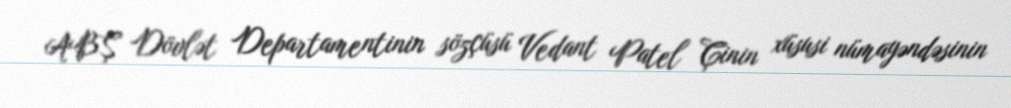
ABŞ Dövlət Departamentinin sözçüsü Vedant Patel Çinin xüsusi nümayəndəsinin